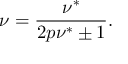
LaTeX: \nu = { \frac { \nu ^ { * } } { 2 p \nu ^ { * } \pm 1 } } .